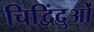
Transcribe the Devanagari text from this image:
चिद्विंदुओं